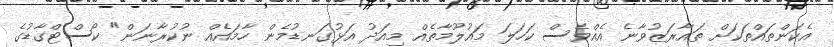
އެކަންތައްތަކަށް ތައާރަޒުވާނެ އެއްވެސް ކަހަލަ މައުލޫމާތެއް މިއަދު އަޅުގަނޑުމެން ހާމައެއް ނުކުރާނަން" ކޯސްޓްގާޑުގެ